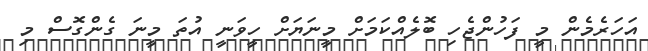
އަހަރެމެން މީ ފަހުންޖެހި ބޮލެއްކަމަށް މީނަޔަށް ހީވަނީ އުތަ މީނަ ގެންގޮސް މި